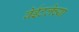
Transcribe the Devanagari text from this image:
वेईटलेच्या